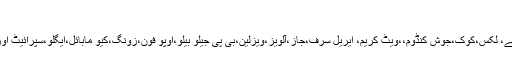
- Baaghi TV
پیمرا نے مختلف ٹی وی چینلز پر چلنے والے، لکس،کوک،جوش کنڈوم،،ویٹ کریم، ایریل سرف،جاز،آلویز،ویزلین،بی پی جیلو بیلو،اوپو فون،زونگ،کیو مابائل،ایگلو،سپرائیٹ اور قمر چائے کمرشلز پر پابندی عائد کردی۔